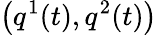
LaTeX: \left(q^{1}(t),q^{2}(t)\right)